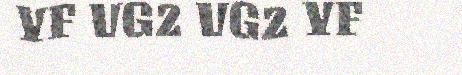
YF VG2 VG2 YF